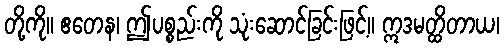
တို့ကို။ ဧတေန၊ ဤပစ္စည်းကို သုံးဆောင်ခြင်းဖြင့်။ ဣဒမတ္ထိတာယ၊